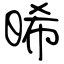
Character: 晞